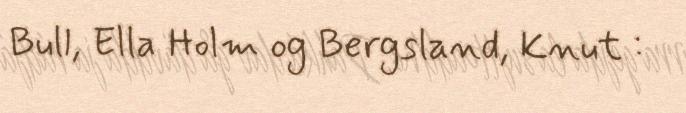
Bull, Ella Holm og Bergsland, Knut :